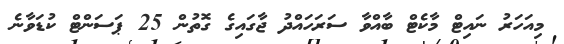
މިއަހަރު ނައިޓް މާކެޓް ބާއްވާ ސަރަހައްދު ޖާގައިގެ ގޮތުން 25 ޕަސަންޓް ކުޑަވާނެ